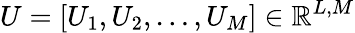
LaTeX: U=[U_{1},U_{2},\dots,U_{M}]\in\mathbb{R}^{L,M}